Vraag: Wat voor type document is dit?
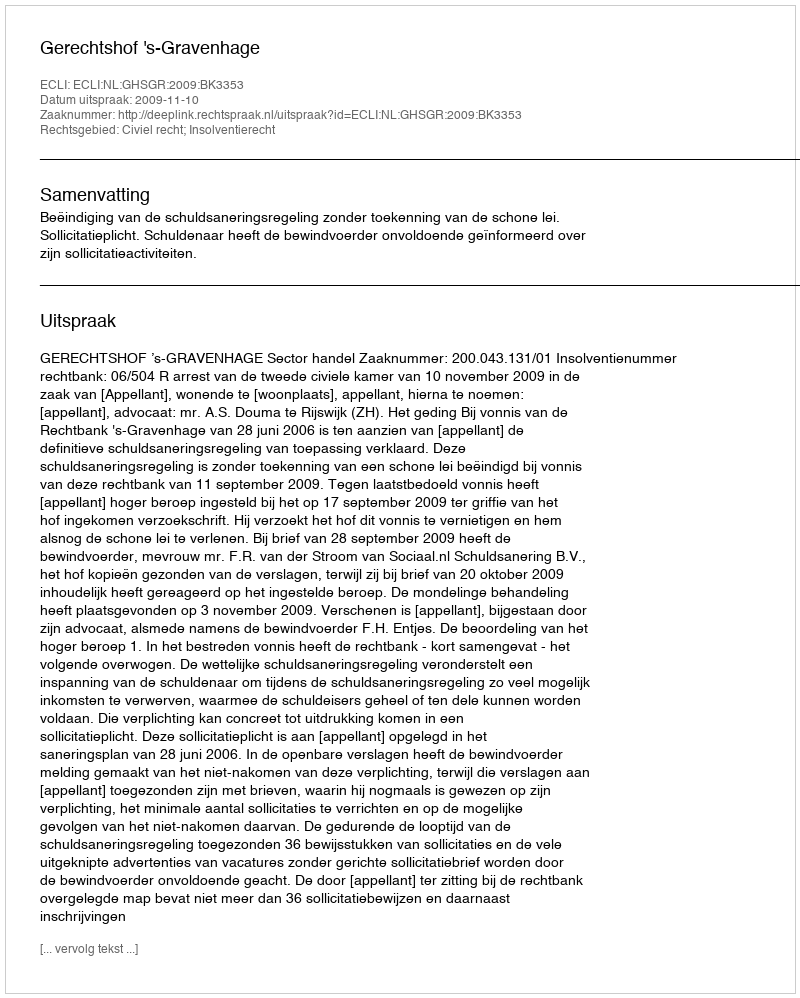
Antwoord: Uitspraak